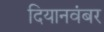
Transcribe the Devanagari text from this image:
दियानवंबर